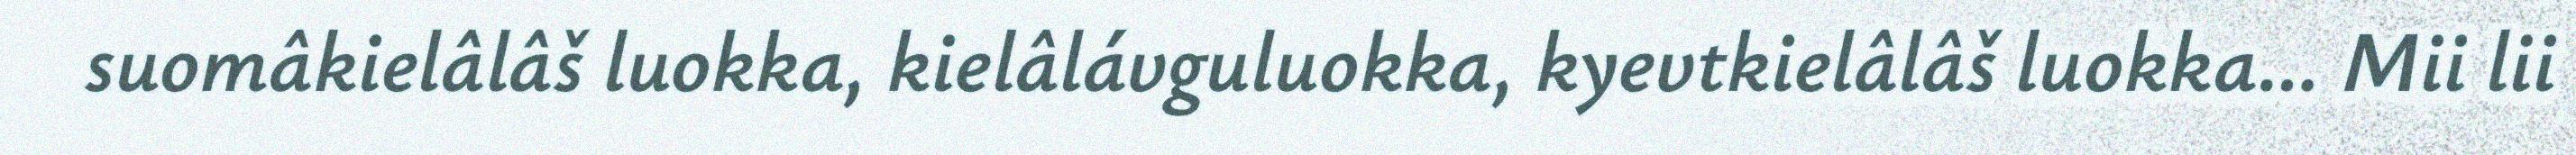
suomâkielâlâš luokka, kielâlávguluokka, kyevtkielâlâš luokka… Mii lii